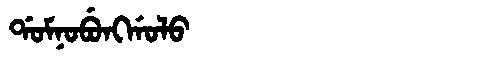
Manchu: ᡩᠣᠮᠨᠣᠪᡠᠩᡤᠣᠯᠣ
Romanization: DOMNOBUNGGOLO